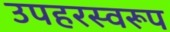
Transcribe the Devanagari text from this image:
उपहरस्वरूप